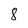
Character: 8